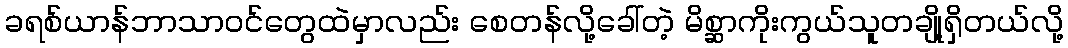
ခရစ်ယာန်ဘာသာဝင်တွေထဲမှာလည်း စေတန်လို့ခေါ်တဲ့ မိစ္ဆာကိုးကွယ်သူတချို့ရှိတယ်လို့